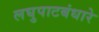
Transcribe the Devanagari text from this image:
लघुपाटबंधारे